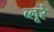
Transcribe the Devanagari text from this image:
ब्लूरे